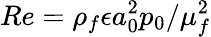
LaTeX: Re={\rho_{f}\epsilon a_{0}^{2}p_{0}}/{\mu_{f}^{2}}